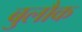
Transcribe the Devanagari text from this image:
बुलौक